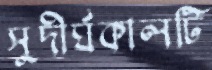
সুদীর্ঘকালটি